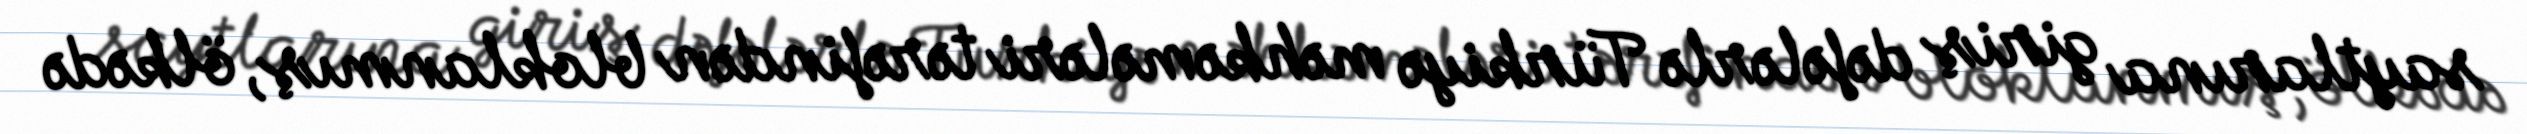
saytlarına giriş dəfələrlə Türkiyə məhkəmələri tərəfindən bloklanmış, ölkədə